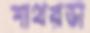
পাথরডা